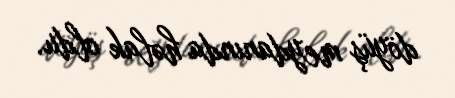
döyüş meydanında həlak oldu.